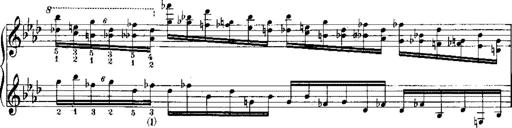
Title: Miserere du Trovatore
Composer: Franz Liszt